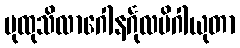
ပုထုသိလာဂေါနင်္ဂုလမိဂါယုတာ